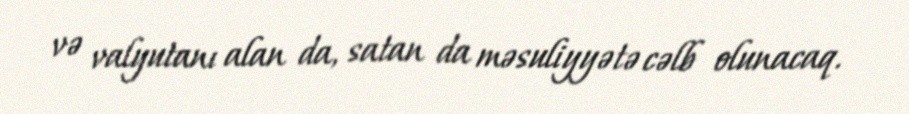
və valyutanı alan da, satan da məsuliyyətə cəlb olunacaq.